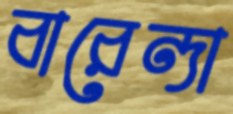
বারেন্দা